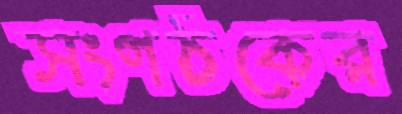
সংগঠকের